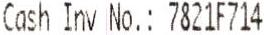
CASH INV NO.: 7821F714